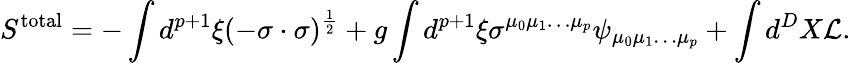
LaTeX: S^{\mathrm{total}}=-\int d^{p+1}\xi(-\sigma\cdot\sigma)^{\frac{1}{2}}+g\int d^{p+1}\xi\sigma^{\mu_{0}\mu_{1}\ldots\mu_{p}}\psi_{\mu_{0}\mu_{1}\ldots\mu_{p}}+\int d^{D}X{\cal L}.